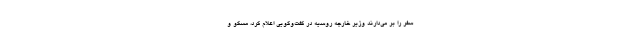
سفر را بر می‌دارند وزیر خارجه روسیه در گفت‌وگویی اعلام کرد، مسکو و